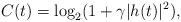
LaTeX: \begin{align*}C(t)=\log_{2}(1+\gamma|h(t)|^{2}),\end{align*}